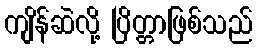
ကျိန်ဆဲလို့ ပြိတ္တာဖြစ်သည်